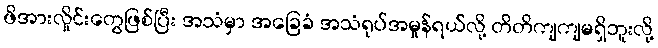
ဖိအားလှိုင်းတွေဖြစ်ပြီး အသံမှာ အခြေခံ အသံရုပ်အမှုန်ရယ်လို့ တိတိကျကျမရှိဘူးလို့